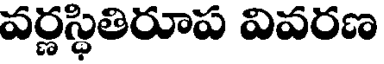
వర్ణస్థితిరూప వివరణ